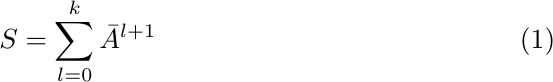
\begin{align}
    S = \sum_{l=0}^k\Bar{A}^{l+1}
\end{align}